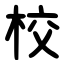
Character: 校